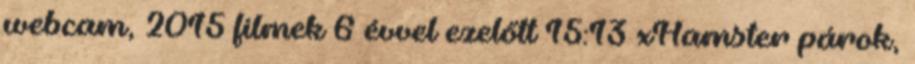
webcam, 2015 filmek 6 évvel ezelőtt 15:13 xHamster párok,